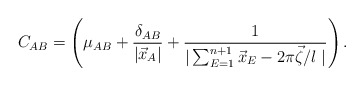
\begin{align*}C_{AB}=\left(\mu_{AB} + \frac{\delta_{AB}}{|\vec x_A|} + \frac{1}{|\sum_{E=1}^{n+1} \vec x_E - 2\pi\vec\zeta/l\;|}\right) .\end{align*}